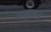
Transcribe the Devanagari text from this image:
वधूजन